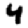
Digit: 4